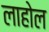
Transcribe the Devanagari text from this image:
लाहोल